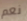
نعم